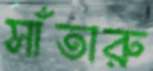
সাঁতারু